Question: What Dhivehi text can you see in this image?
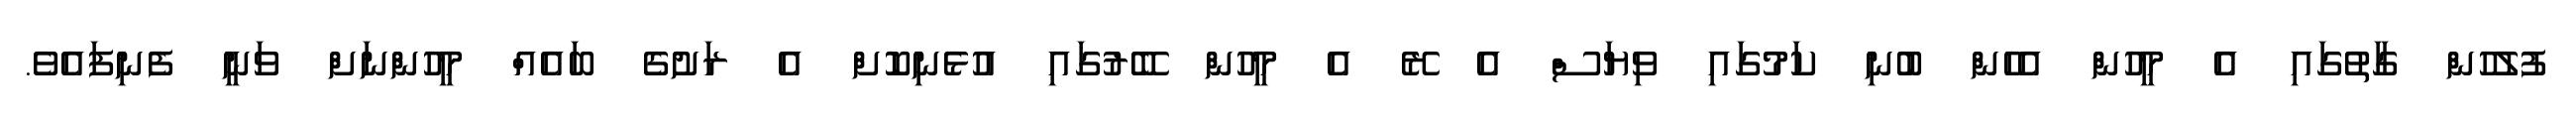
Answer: ފުލުހުން ގާތުގައި އެ މީހުން އެހެން ބުނި ކަމުގައި ވިޔަސް އެ ރޭ އެ މީހުން ބޭރުގައި އުޅެނިކޮށް އެ ރަށުގެ ބައެއް މީހުންނަށް ވަނީ ފެނިފައެވެ.